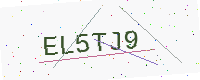
Text: EL5TJ9